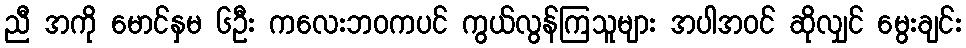
ညီ အကို မောင်နှမ ၆ဦး ကလေးဘဝကပင် ကွယ်လွန်ကြသူများ အပါအဝင် ဆိုလျှင် မွေးချင်း